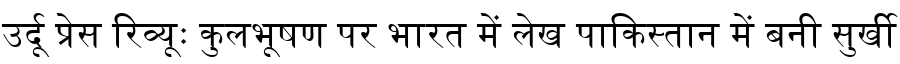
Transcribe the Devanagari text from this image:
उर्दू प्रेस रिव्यूः कुलभूषण पर भारत में लेख पाकिस्तान में बनी सुर्खी